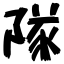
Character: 隊